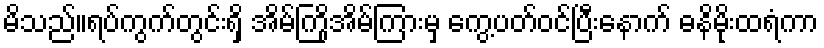
မိသည်။ရပ်ကွက်တွင်းရှိ အိမ်ကြိုအိမ်ကြားမှ ကွေ့ပတ်ဝင်ပြီးနောက် ဓနိမိုးထရံကာ